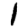
Digit: 1